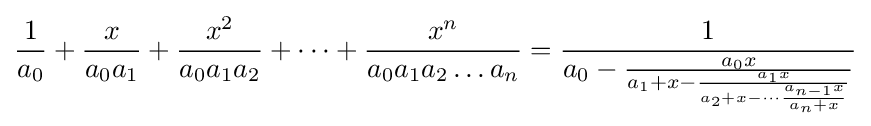
{\frac {1}{a_{0}}}+{\frac {x}{a_{0}a_{1}}}+{\frac {x^{2}}{a_{0}a_{1}a_{2}}}+\cdots +{\frac {x^{n}}{a_{0}a_{1}a_{2}\ldots a_{n}}}={\frac {1}{a_{0}-{\frac {a_{0}x}{a_{1}+x-{\frac {a_{1}x}{a_{2}+x-\cdots {\frac {a_{n-1}x}{a_{n}+x}}}}}}}}